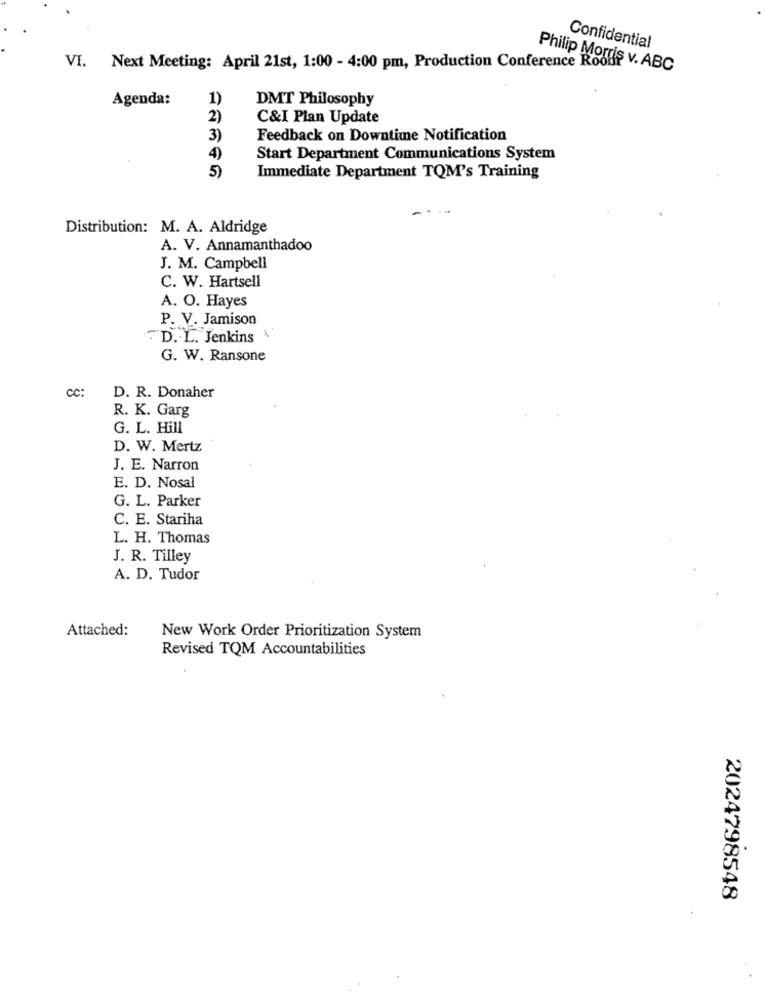
Confidential
VI. Next Meeting: April 21st, 1:00 - 4:00 pm, Production Conference Roof
Philip Morris v. ABC
Agenda:
1)
DMT Philosophy
2)
C&I Plan Update
3)
Feedback on Downtime Notification
4)
Start Department Communications System
5)
Immediate Department TQM's Training
Distribution: M. A. Aldridge
A. V. Annamanthadoo
J. M. Campbell
C. W. Hartsell
A. O. Hayes
P. V. Jamison
.D. L. Jenkins
G. W. Ransone
CC:
D. R. Donaher
R. K. Garg
G. L. Hill
D. W. Mertz
J. E. Narron
E. D. Nosal
G. L. Parker
C. E. Stariha
L. H. Thomas
J. R. Tilley
A. D. Tudor
Attached:
New Work Order Prioritization System
Revised TQM Accountabilities
2024798548